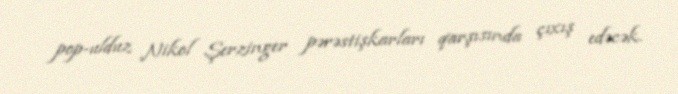
pop-ulduz Nikol Şerzinger pərəstişkarları qarşısında çıxış edəcək.